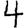
Digit: 4